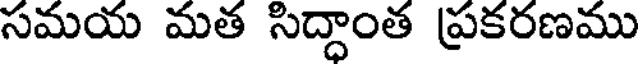
సమయ మత సిద్దాంత ప్రకరణము